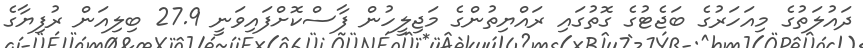
ދައުލަތުގެ މިއަހަރުގެ ބަޖެޓުގެ ގޮތުގައި ރައްޔިތުންގެ މަޖިލީހުން ފާސްކޮށްފައިވަނީ 27.9 ބިލިއަން ރުފިޔާގެ